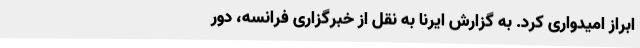
ابراز امیدواری کرد. به گزارش ایرنا به نقل از خبرگزاری فرانسه، دور